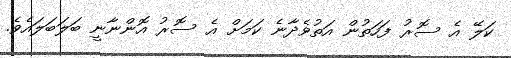
ކަލޭ އެ ސޮރު ފަހަތުން އަތުވެދާނެ ކަމަށް އެ ސޮރު އޮންނާނީ ބަލަބަލައެވެ.